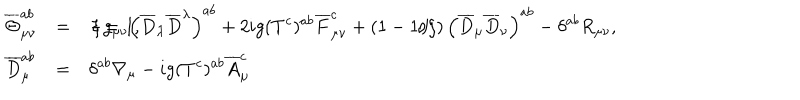
\begin{array} { l l l } { { \displaystyle \overline { { { \Theta } } } _ { \mu \nu } ^ { a b } } } & { { = } } & { { \displaystyle - g _ { \mu \nu } \left( \overline { { { D } } } _ { \lambda } \overline { { { D } } } ^ { \lambda } \right) ^ { a b } + 2 i g ( T ^ { c } ) ^ { a b } \overline { { { F } } } _ { \mu \nu } ^ { c } + \left( 1 - { 1 / \xi } \right) \left( \overline { { { D } } } _ { \mu } \overline { { { D } } } _ { \nu } \right) ^ { a b } - \delta ^ { a b } R _ { \mu \nu } , \hspace { 5 m m } \xi = 1 , } } \\ { { \displaystyle \overline { { { D } } } _ { \mu } ^ { a b } } } & { { = } } & { { \displaystyle \delta ^ { a b } \nabla _ { \mu } - i g ( T ^ { c } ) ^ { a b } \overline { { { A } } } _ { \mu } ^ { c } } } \\ \end{array}